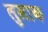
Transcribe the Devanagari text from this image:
लुसाक